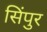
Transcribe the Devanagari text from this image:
सिंपुर